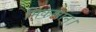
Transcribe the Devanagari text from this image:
मिकलान।